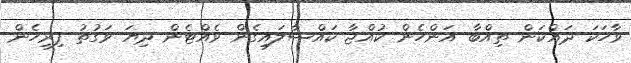
ވާހަކަ ދައްކަން ތިއްބާ އަންހެން ކުއްޖާ ކައްސާލައިގެން ވެއްޓެން ދިޔަ ވަގުތު ފިރިހެން